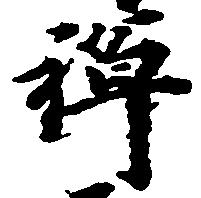
禅